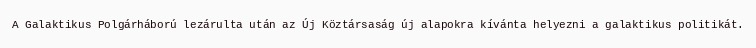
A Galaktikus Polgárháború lezárulta után az Új Köztársaság új alapokra kívánta helyezni a galaktikus politikát.